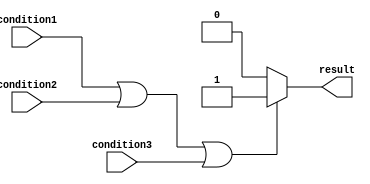
module if_else_statement(
    input wire condition1,
    input wire condition2,
    input wire condition3,
    output reg result
);

always @(*) begin
    if (condition1 || condition2 || condition3) begin
        // Statements to be executed when at least one condition is true
        result <= 1;
    end else begin
        // Statements to be executed when all conditions are false
        result <= 0;
    end
end

endmodule